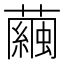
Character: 繭